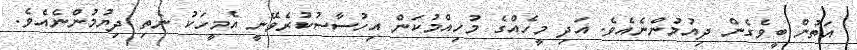
އަތުން ބީވެގެން ދިއުމުންނެއެވެ. އަދި މީހެއްގެ މުހިއްމުކަން އިހުސާސުކުރެވޭނީ އެމީހަކު ނެތި ދިޔުމުންނެއެވެ.